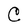
Character: C